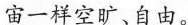
宙一样空旷、自由。